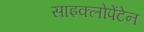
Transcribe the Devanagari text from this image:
साइक्लोपेंटेन